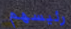
رئيسهم